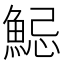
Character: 𩷱